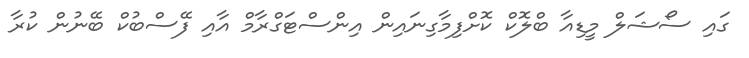
ގައި ސޯޝަލް މީޑިއާ ބްލޮކް ކޮށްފިމާގިނައިން އިންސްޓަގްރާމް އާއި ފޭސްބުކް ބޭނުން ކުރާ